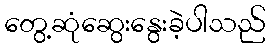
တွေ့ဆုံဆွေးနွေးခဲ့ပါသည်